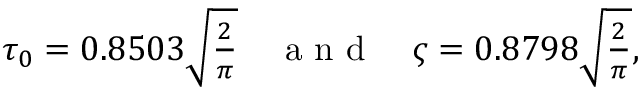
\begin{array} { r } { \tau _ { 0 } = 0 . 8 5 0 3 \sqrt { \frac { 2 } { \pi } } \quad \mathrm { ~ a ~ n ~ d ~ } \quad \varsigma = 0 . 8 7 9 8 \sqrt { \frac { 2 } { \pi } } , } \end{array}